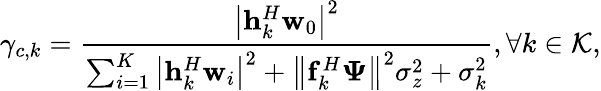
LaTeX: \gamma_{c,k}=\frac{\left|\mathbf{h}_{k}^{H}\mathbf{w}_{\mathrm{0}}\right|^{2}}{\sum_{i=1}^{K}\left|\mathbf{h}_{k}^{H}\mathbf{w}_{i}\right|^{2}+\left\| \mathbf{f}_{k}^{H}\boldsymbol{\Psi}\right\| ^{2}\sigma_{z}^{2}+\sigma_{k}^{2}},\forall k\in\mathcal{K},